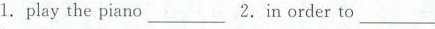
1. play the piano______________ 2. in order to_______________